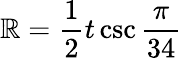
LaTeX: \mathbb{R}={\frac{{1}}{{2}}}t\csc{\frac{{\pi}}{{34}}}